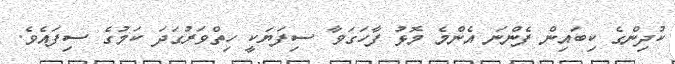
ކުދިންގެ ކިބައިން ފެންނަ އެންމެ މޮޅު ފާހަގަވާ ސިފަޔަކީ ހިތްވަރުގަދަ ކަމުގެ ސިފައެވެ.